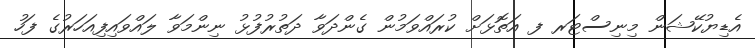
އެޑިޔުކޭޝަން މިނިސްޓަރ ފ އަތޮޅަށް ކުރައްވަމުން ގެންދަވާ ދަތުރުފުޅު ނިންމަވާ ލައްވައިފިއަހަރުގެ ފަހު